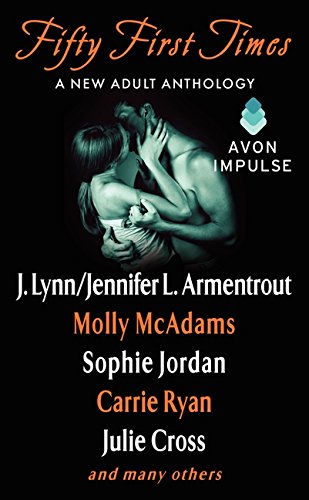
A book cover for Fifty First Times: A New Adult Anthology; Julie Cross; Romance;